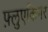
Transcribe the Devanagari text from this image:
फ़्लुएकिगर